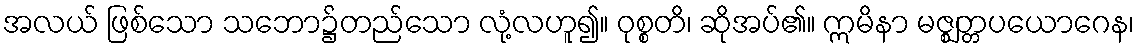
အလယ် ဖြစ်သော သဘော၌တည်သော လုံ့လဟူ၍။ ဝုစ္စတိ၊ ဆိုအပ်၏။ ဣမိနာ မဇ္ဈတ္တပယောဂေန၊